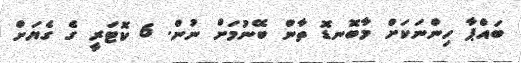
ބައްޕާ ހިންނަކަށް މާބޮނޑޮ ތާން ބޭނުމަށް ނުން. 6 ކޮޓަރީ ގެ ގެޔަށް